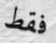
فقط